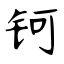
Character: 钶